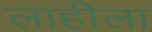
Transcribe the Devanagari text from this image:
लाहीला